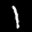
Label: 1